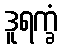
ဒူရက္ခံ